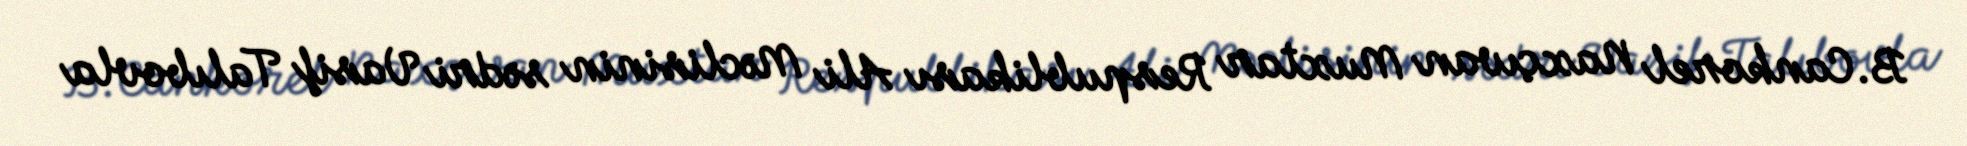
B.Cankorel Naxçıvan Muxtar Respublikası Ali Məclisinin sədri Vasif Talıbovla